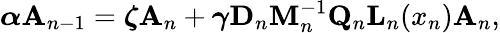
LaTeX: \boldsymbol\alpha\mathbf{A}_{n-1}=\boldsymbol\zeta\mathbf{A}_{n}+\boldsymbol\gamma\mathbf{D}_{n}\mathbf{M}_{n}^{-1}\mathbf{Q}_{n}\mathbf{L}_{n}(x_{n})\mathbf{A}_{n},